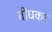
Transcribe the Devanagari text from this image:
बींधकर